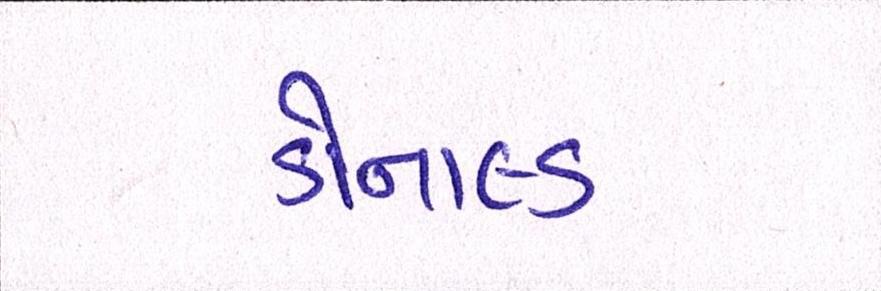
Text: ડોનાલ્ડ